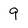
Character: 9